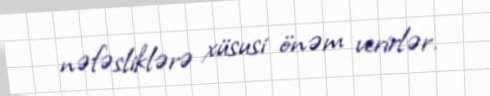
nəfəsliklərə xüsusi önəm verirlər.